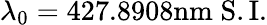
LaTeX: \lambda_{0}=427.8908\mathrm{nm}\; \mathrm{S.I.}